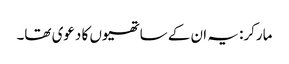
مارکر: یہ ان کے ساتھیوں کا دعوی تھا۔